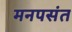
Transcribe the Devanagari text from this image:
मनपसंत